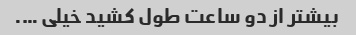
بیشتر از دو ساعت طول کشید خیلی ….